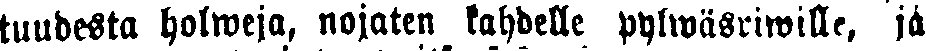
tuudesta holweja, nojaten kahdelle pylwäsriwille, ja